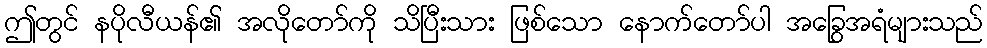
ဤတွင် နပိုလီယန်၏ အလိုတော်ကို သိပြီးသား ဖြစ်သော နောက်တော်ပါ အခြွေအရံများသည်